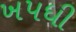
ખપધી